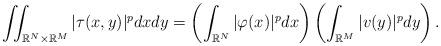
LaTeX: \begin{align*} \iint_{\mathbb{R}^N\times\mathbb{R}^M} |\tau(x,y)|^p dxdy= \left(\int_{\mathbb{R}^N} |\varphi(x)|^p dx\right) \left( \int_{\mathbb{R}^M} |v(y)|^p dy\right). \end{align*}